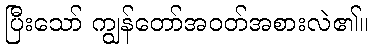
ပြီးသော် ကျွန်တော်အဝတ်အစားလဲ၏။